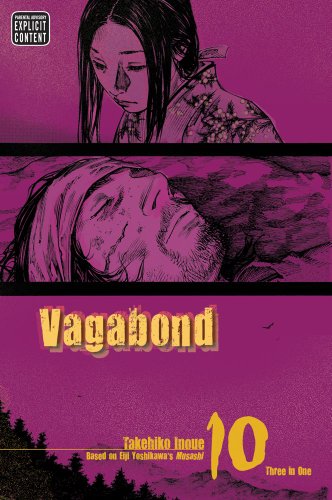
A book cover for Vagabond, Vol. 10 (VIZBIG Edition); Takehiko Inoue; Comics & Graphic Novels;